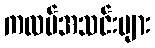
ကလပ်အသင်းများ